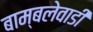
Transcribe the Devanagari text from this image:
बाम्बलेवाडी